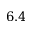
6 . 4